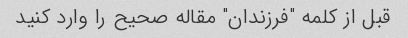
قبل از کلمه "فرزندان" مقاله صحیح را وارد کنید